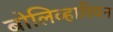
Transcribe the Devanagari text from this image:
बोलिव्हारियन